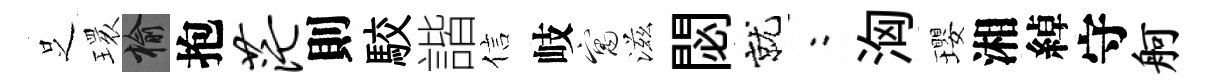
𠯁𤨔榆抱茫則駮諧信岐寓滋閟就欸洶瓔湘綽守舸